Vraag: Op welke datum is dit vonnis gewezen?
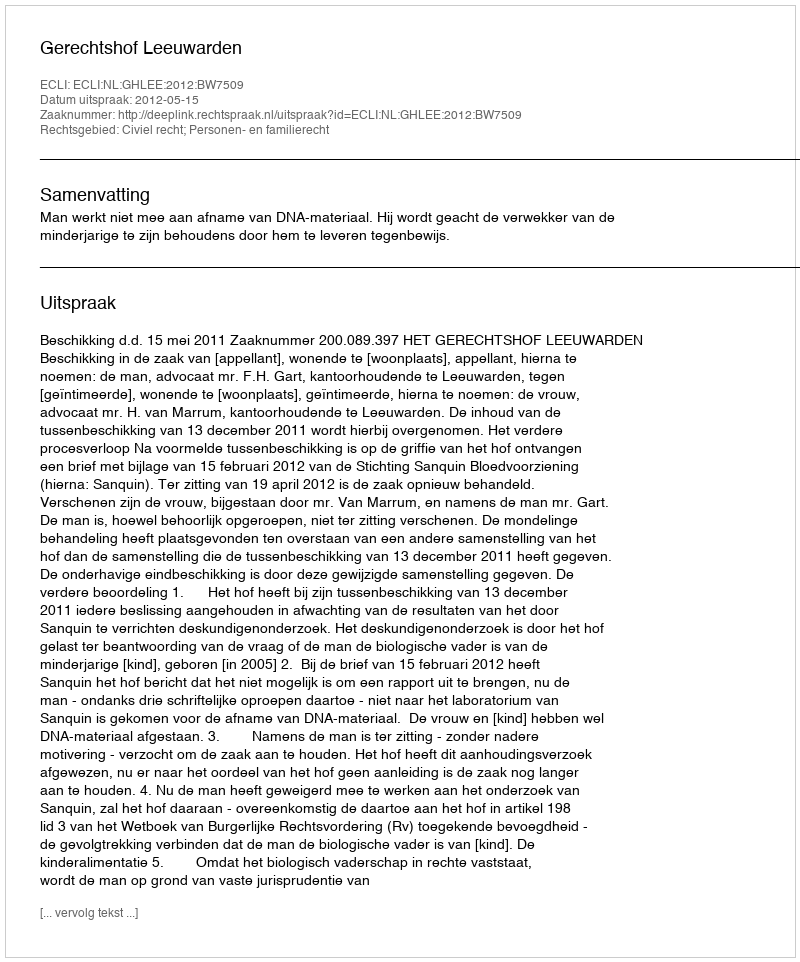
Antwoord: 2012-05-15